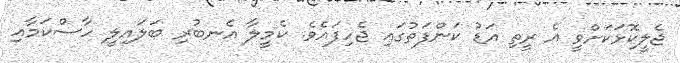
ޖެލީކޮޅަކަށްވީ އެ ރީތި އަޑު ކަންފަތުގައި ޖެހިފައެވެ. ކެމީލާ އެނބުރި ބަލައިލީ ހާސްކަމާއި